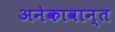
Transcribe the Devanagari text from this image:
अनेकावान्त